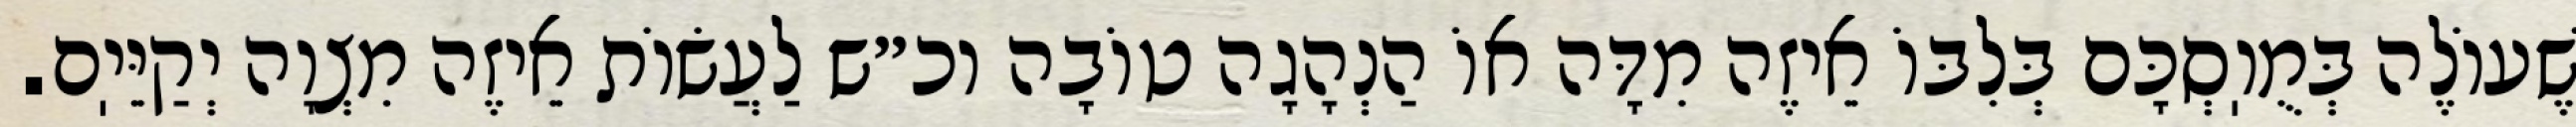
שֶׁעוֹלֶה בְּמֻוֽסְכָּם בְּלִבּוֹ אֵיזֶה מִדָּה אוֹ הַנְהָגָה טוֹבָה וכ״ש לַעֲשׂוֹת אֵיזֶה מִצְוָה יְקַיֵּיֽם.